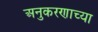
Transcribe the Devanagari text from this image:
अनुकरणाच्या